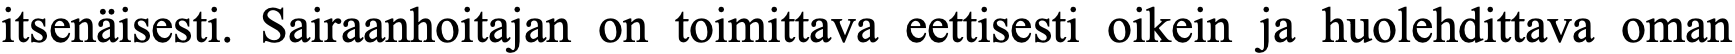
itsenäisesti. Sairaanhoitajan on toimittava eettisesti oikein ja huolehdittava oman